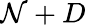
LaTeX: \mathcal{N}+D